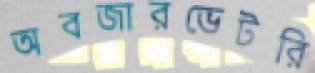
অবজারভেটরি